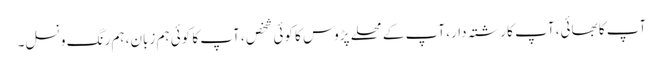
آپ کا بھائی، آپ کا رشتہ دار، آپ کے محلے پڑوس کا کوئی شخص ، آپ کا کوئی ہم زبان، ہم رنگ و نسل۔